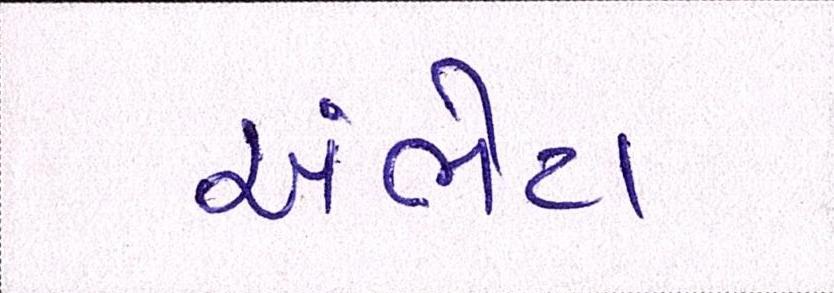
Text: અંભેટા